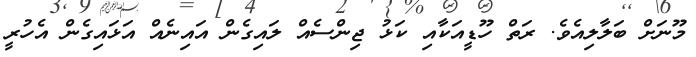
މޫނަށް ބަލާލިއެވެ. ރަތް ހޫޑީއަކާއި ކަޅު ޖިންސެއް ލައިގެން އައިނެއް އަޅައިގެން އެހުރީ